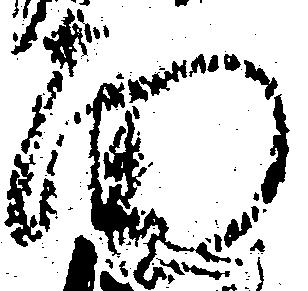
面